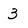
Character: 3